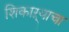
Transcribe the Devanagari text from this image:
शिकाऱ्याचा